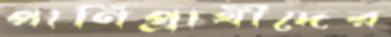
পাণিপ্রার্থীদের